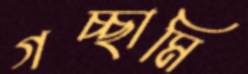
গচ্ছামি